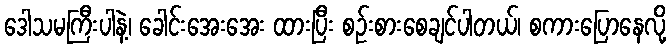
ဒေါသမကြီးပါနဲ့၊ ခေါင်းအေးအေး ထားပြီး စဉ်းစားစေချင်ပါတယ်၊ စကားပြောနေလို့